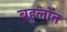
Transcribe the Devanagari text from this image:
बहुलॉत